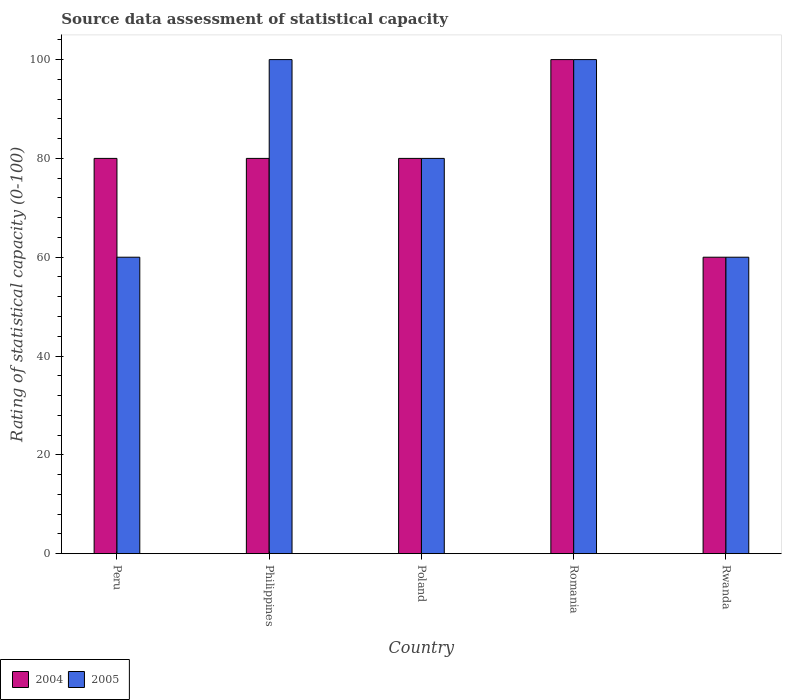
| Country | 2004 | 2005 |
 | --- | --- | --- |
 | Peru | 80 | 60 |
 | Philippines | 80 | 100 |
 | Poland | 80 | 80 |
 | Romania | 100 | 100 |
 | Rwanda | 60 | 60 |